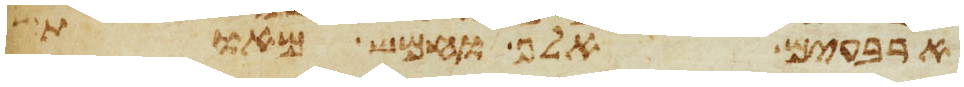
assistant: ארבעים אלף וחמש מאות